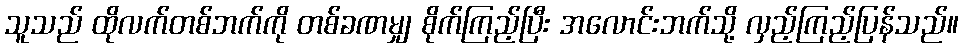
သူသည် ထိုလက်တစ်ဘက်ကို တစ်ခဏမျှ စိုက်ကြည့်ပြီး အလောင်းဘက်သို့ လှည့်ကြည့်ပြန်သည်။